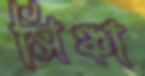
সিঞ্চা